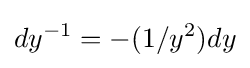
dy^{-1}=-(1/y^{2})dy